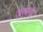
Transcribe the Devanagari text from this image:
ज़र्मनी